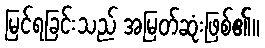
မြင်ရခြင်းသည် အမြတ်ဆုံးဖြစ်၏။